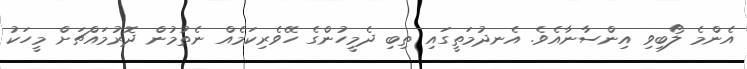
އެންމެ ލޯބިވި އިންސާނާއެވެ. އެނދުމަތީގައި ތިބި ދެމީހުންގެ ހޭވެރިކަމެއް ނެތުމުން ދޮރުމައްޗަށް މީހަކު